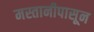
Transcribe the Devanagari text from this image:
मस्तानीपासून